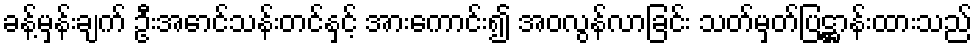
ခန့်မှန်းချက် ဦးအောင်သန်းတင်နှင့် အားကောင်း၍ အဝလွန်လာခြင်း သတ်မှတ်ပြဋ္ဌာန်းထားသည်